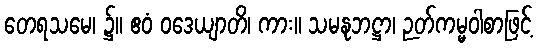
တေရသမေ၊ ၌။ ဧဝံ ဝဒေယျာတိ၊ ကား။ သမနုဘဋ္ဌာ၊ ဉတ်ကမ္မဝါစာဖြင့်